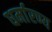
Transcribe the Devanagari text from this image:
धर्मारण्य